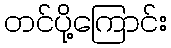
တင်ပို့ကြောင်း